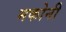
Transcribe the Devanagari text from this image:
मकोनी